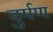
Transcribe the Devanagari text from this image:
दुर्गण